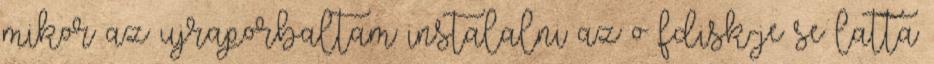
mikor az ujraporbaltam instalalni az o fdisk-je se latta